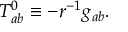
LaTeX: T _ { a b } ^ { 0 } \equiv - r ^ { - 1 } g _ { a b } .